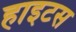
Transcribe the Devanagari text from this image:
हाइटस